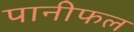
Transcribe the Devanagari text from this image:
पानीफल